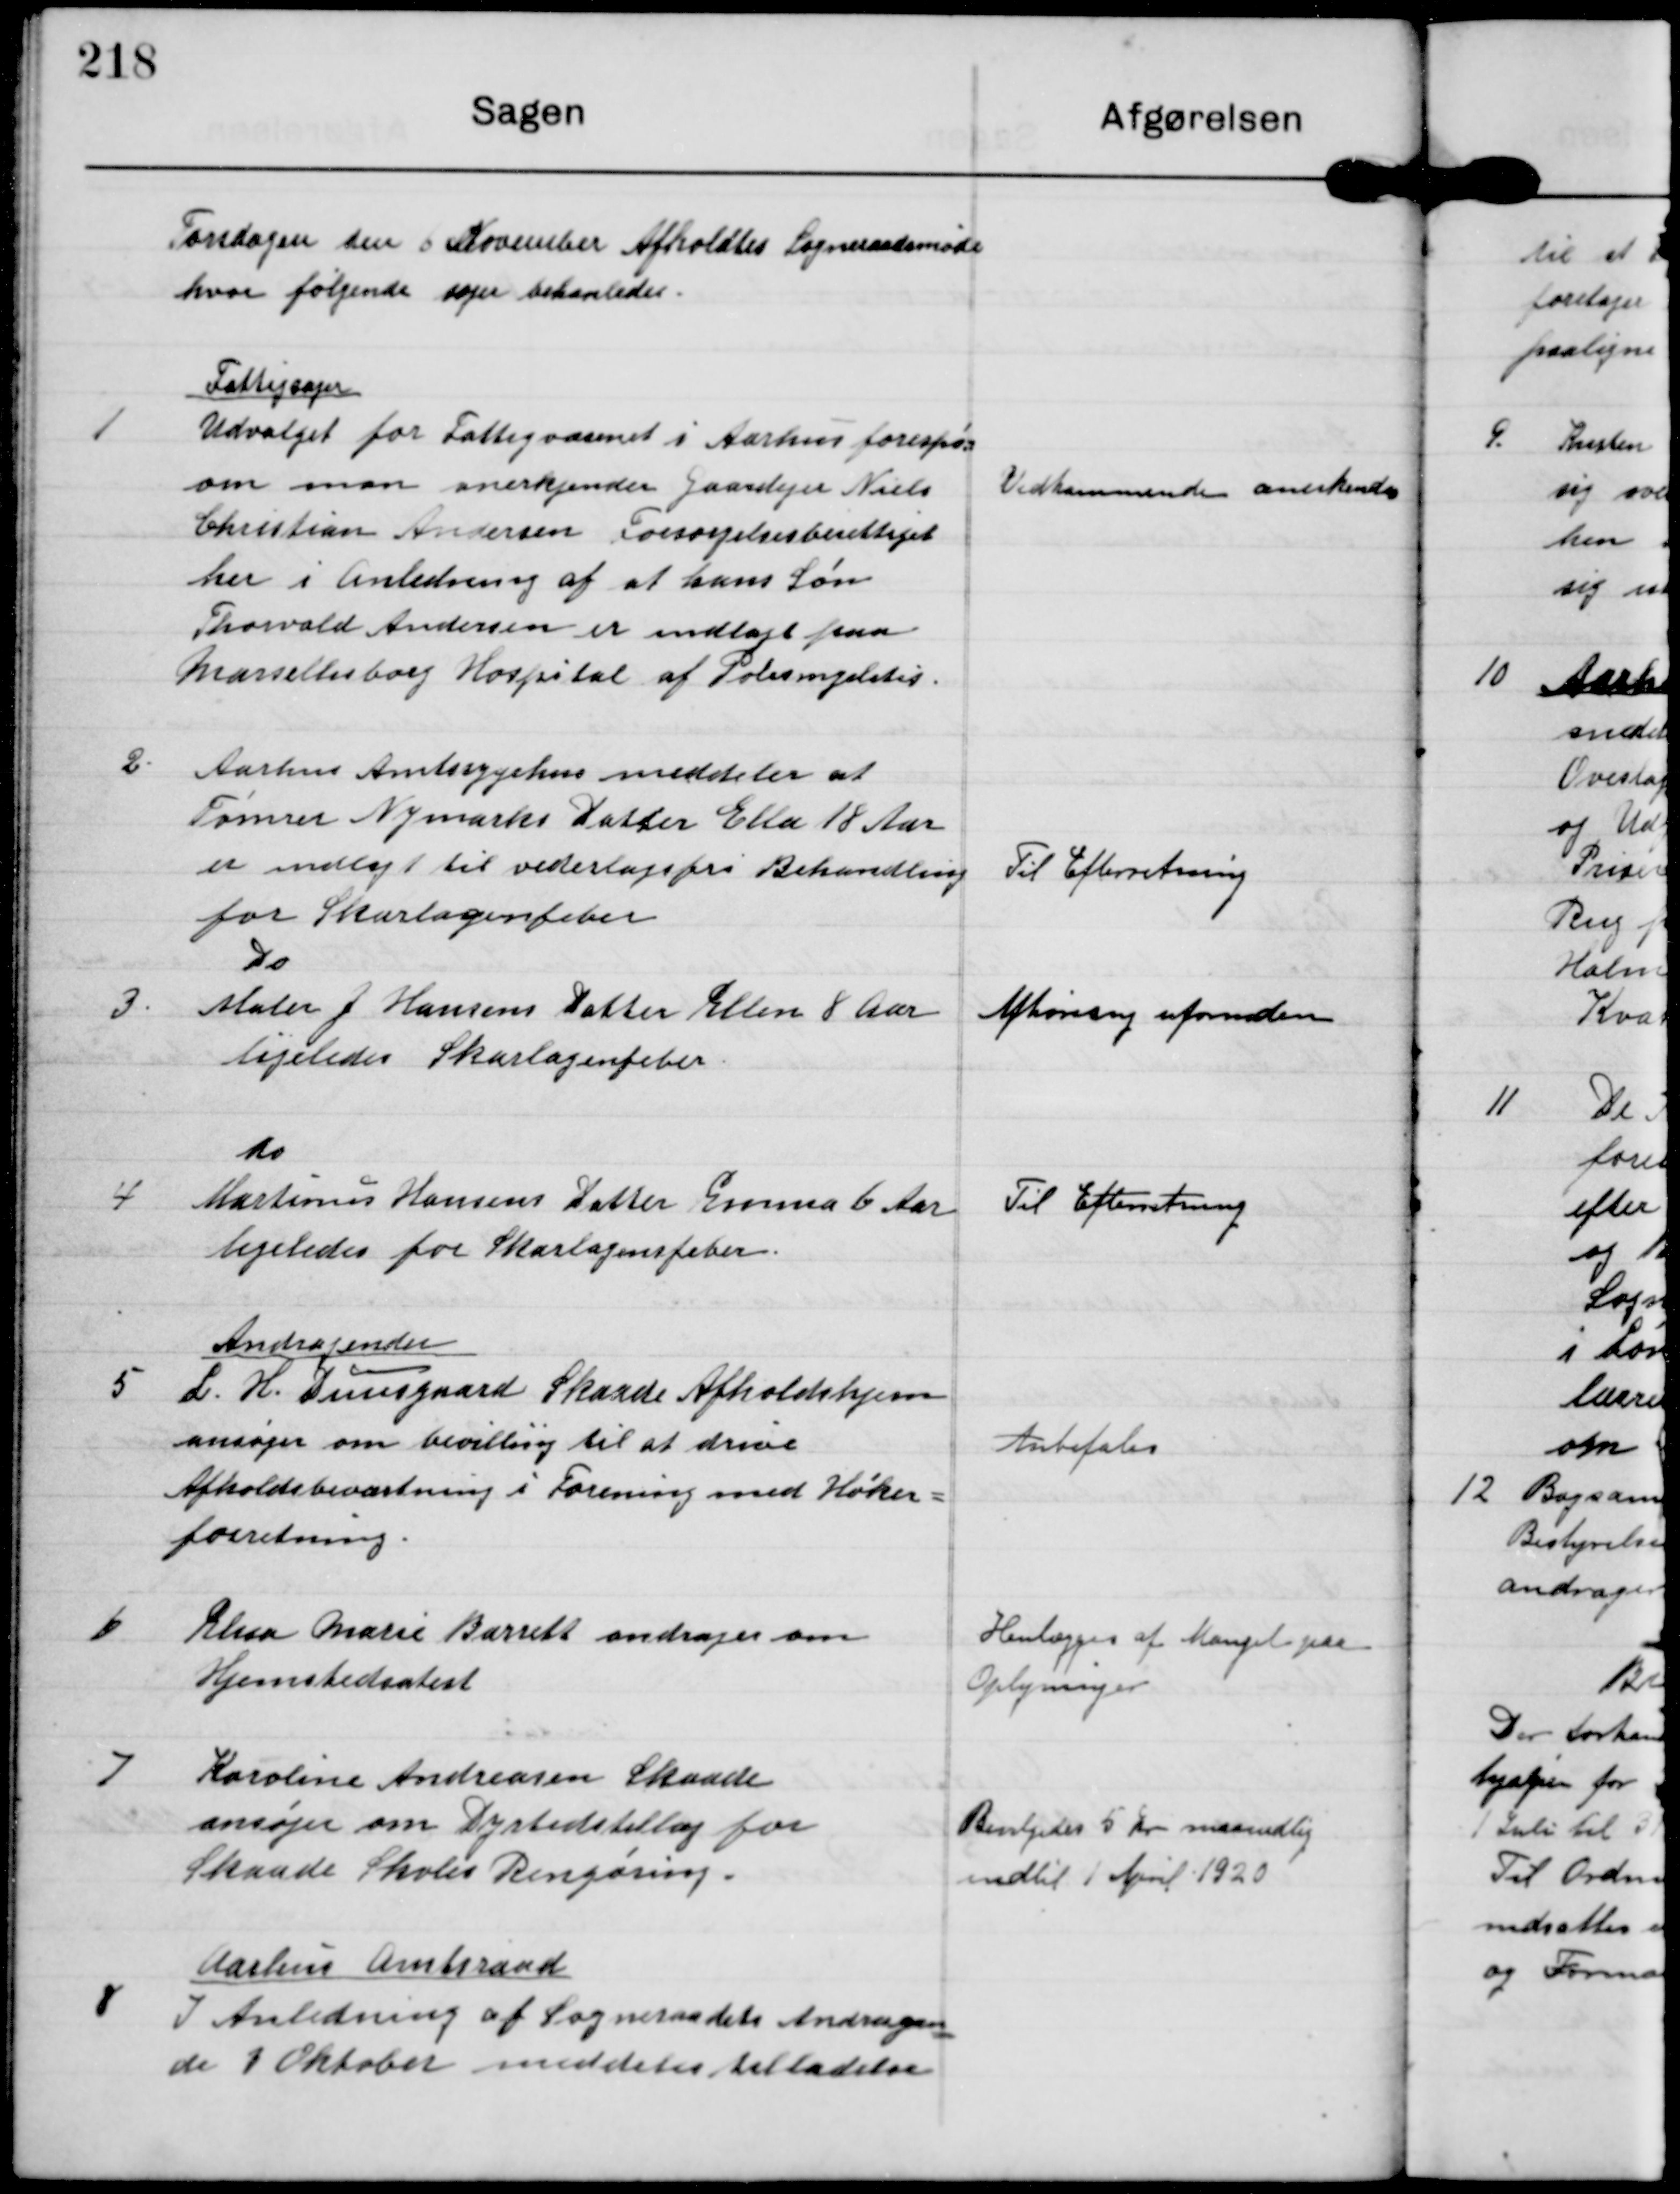
Transskription:
Torsdagen den 6 November Afholdtes Sogneraadsmøde
hvor følgende sager behanledes.

1

Fattigsager
Udvalget for Fattigvæsenet i Aarhus forespør
om man anerkjender Gaardejer Niels
Christian Andersen Forsørgelsesberettiget
her i Anledning af at hans Søn
Torvald Andersen er indlagt paa
Marselisborg Hospital af Poliomyelitis.

Vedkommende anerkendes

2

Aarhus Amtssygehus meddeler at
Tømrer Nymarks Datter Ella 18 Aar
er indlagt til vederlagsfri Behandling
for Skarlagenfeber

Til Efterretning

3

Do
Maler J Hansens Datter Ellen 8 Aar
ligeledes Skarlagenfeber

Afhøring ufornøden

4

do
Martinus Hansens Datter Emma 6 Aar
ligeledes for Skarlagensfeber

Til Efterretning

5

Andragender
L. H. Duusgaard Skaade Afholdshjem
ansøger om bevilling til at drive
Afholdsbeværtning i Forening med Høker-
forretning

Anbefales

6

Elisa Marie Barrett andrag om
Hjemstedsatest

Henlægges af Mangel paa
Oplysninger

7

Karoline Andreasen Skaade
ansøger om Dyrtidstillæg for
Skaade Skoles Rengøring

Bevilgedes 5 kr maanedlig
indtil 1 April 1920

8

Aarhus Amtsraad
I Anledning af Sogneraadet andragen-
de 1 Oktober meddeles tilladelse